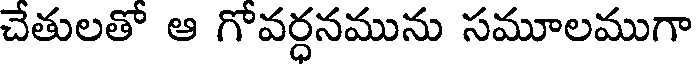
చేతులతో ఆ గోవర్ధనమును సమూలముగా